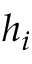
h _ { i }